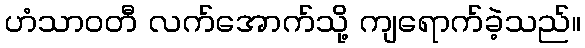
ဟံသာဝတီ လက်အောက်သို့ ကျရောက်ခဲ့သည်။